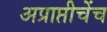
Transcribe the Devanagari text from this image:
अप्राप्तीचेंच